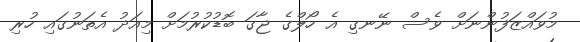
މުވައްޒަފުންނަށް ވެސް ނޭނގި އެ ހޯލްގެ ޖާގަ ބޮޑުކުރުމަށް މިއަދު އެތަނުގައި ހުރި